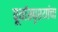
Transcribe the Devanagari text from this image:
पूर्वास्पृश्यांचा